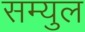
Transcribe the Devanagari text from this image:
सम्युल